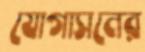
যোগাসনের